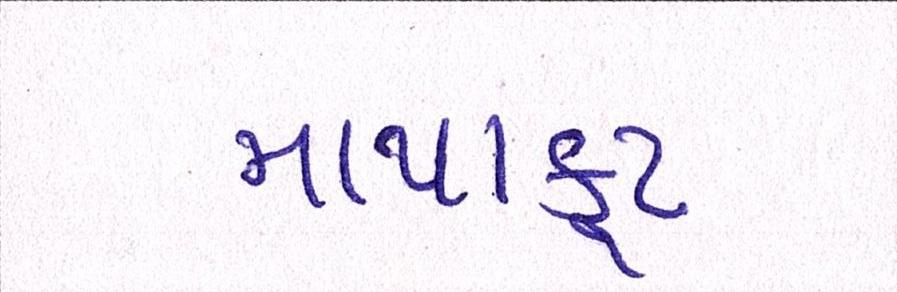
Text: માથાકૂટ